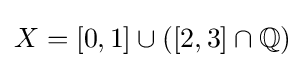
X=[0,1]\cup ([2,3]\cap \mathbb {Q} )